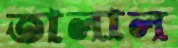
তালাল